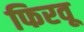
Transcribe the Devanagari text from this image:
फिरवू